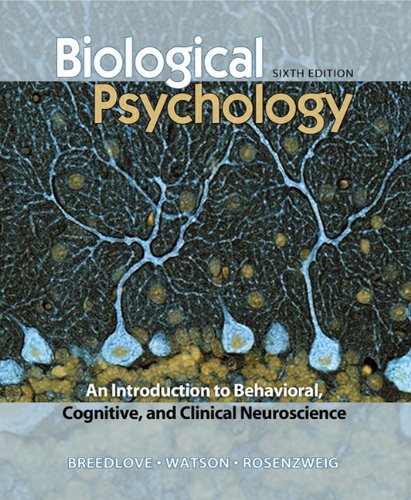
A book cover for Biological Psychology: An Introduction to Behavioral, Cognitive, and Clinical Neuroscience, Sixth Edition; S. Marc Breedlove; Science & Math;